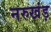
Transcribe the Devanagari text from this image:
नरुखंड़